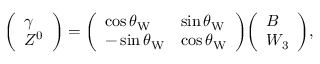
{ \left( \begin{array} { l } { \gamma } \\ { Z ^ { 0 } } \end{array} \right) } = { \left( \begin{array} { l l } { \cos \theta _ { \mathrm { W } } } & { \sin \theta _ { \mathrm { W } } } \\ { - \sin \theta _ { \mathrm { W } } } & { \cos \theta _ { \mathrm { W } } } \end{array} \right) } { \left( \begin{array} { l } { B } \\ { W _ { 3 } } \end{array} \right) } ,